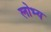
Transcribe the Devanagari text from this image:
लोभ्य